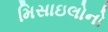
મિસાઇલોનો